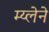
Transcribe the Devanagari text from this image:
म्य्लेने